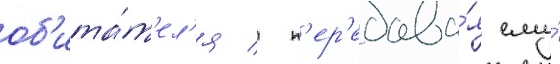
об'ита́т'ел'я / п'ер'едава́я ему́